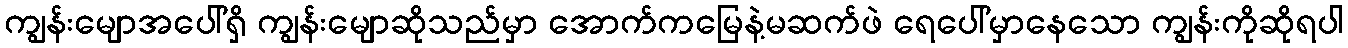
ကျွန်းမျောအပေါ်ရှိ ကျွန်းမျောဆိုသည်မှာ အောက်ကမြေနဲ့မဆက်ဖဲ ရေပေါ်မှာနေသော ကျွန်းကိုဆိုရပါ